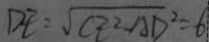
D E = \sqrt { C E ^ { 2 } - A D ^ { 2 } } = 6